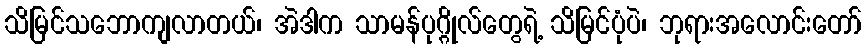
သိမြင်သဘောကျလာတယ်၊ အဲဒါက သာမန်ပုဂ္ဂိုလ်တွေရဲ့ သိမြင်ပုံပဲ၊ ဘုရားအလောင်းတော်